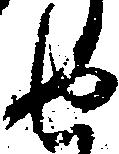
せ